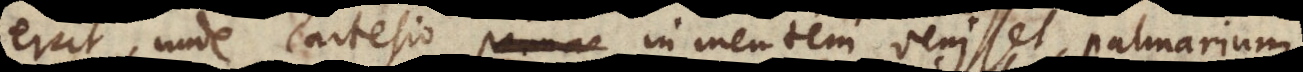
erat, unde Cartesio in mentem venisset, palmarium